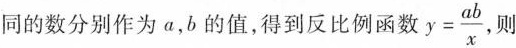
同的数分别作为a，b的值，得到反比例函数 $$y= \frac{ab}{x}$$，则